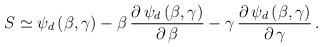
LaTeX: \begin{align*}S \simeq \psi_d \, (\beta , \gamma) - \beta \, \frac{\partial \,\psi_d \, (\beta , \gamma)}{\partial \, \beta} - \gamma \,\frac{\partial \, \psi_d \, (\beta , \gamma)}{\partial \, \gamma} \, .\end{align*}